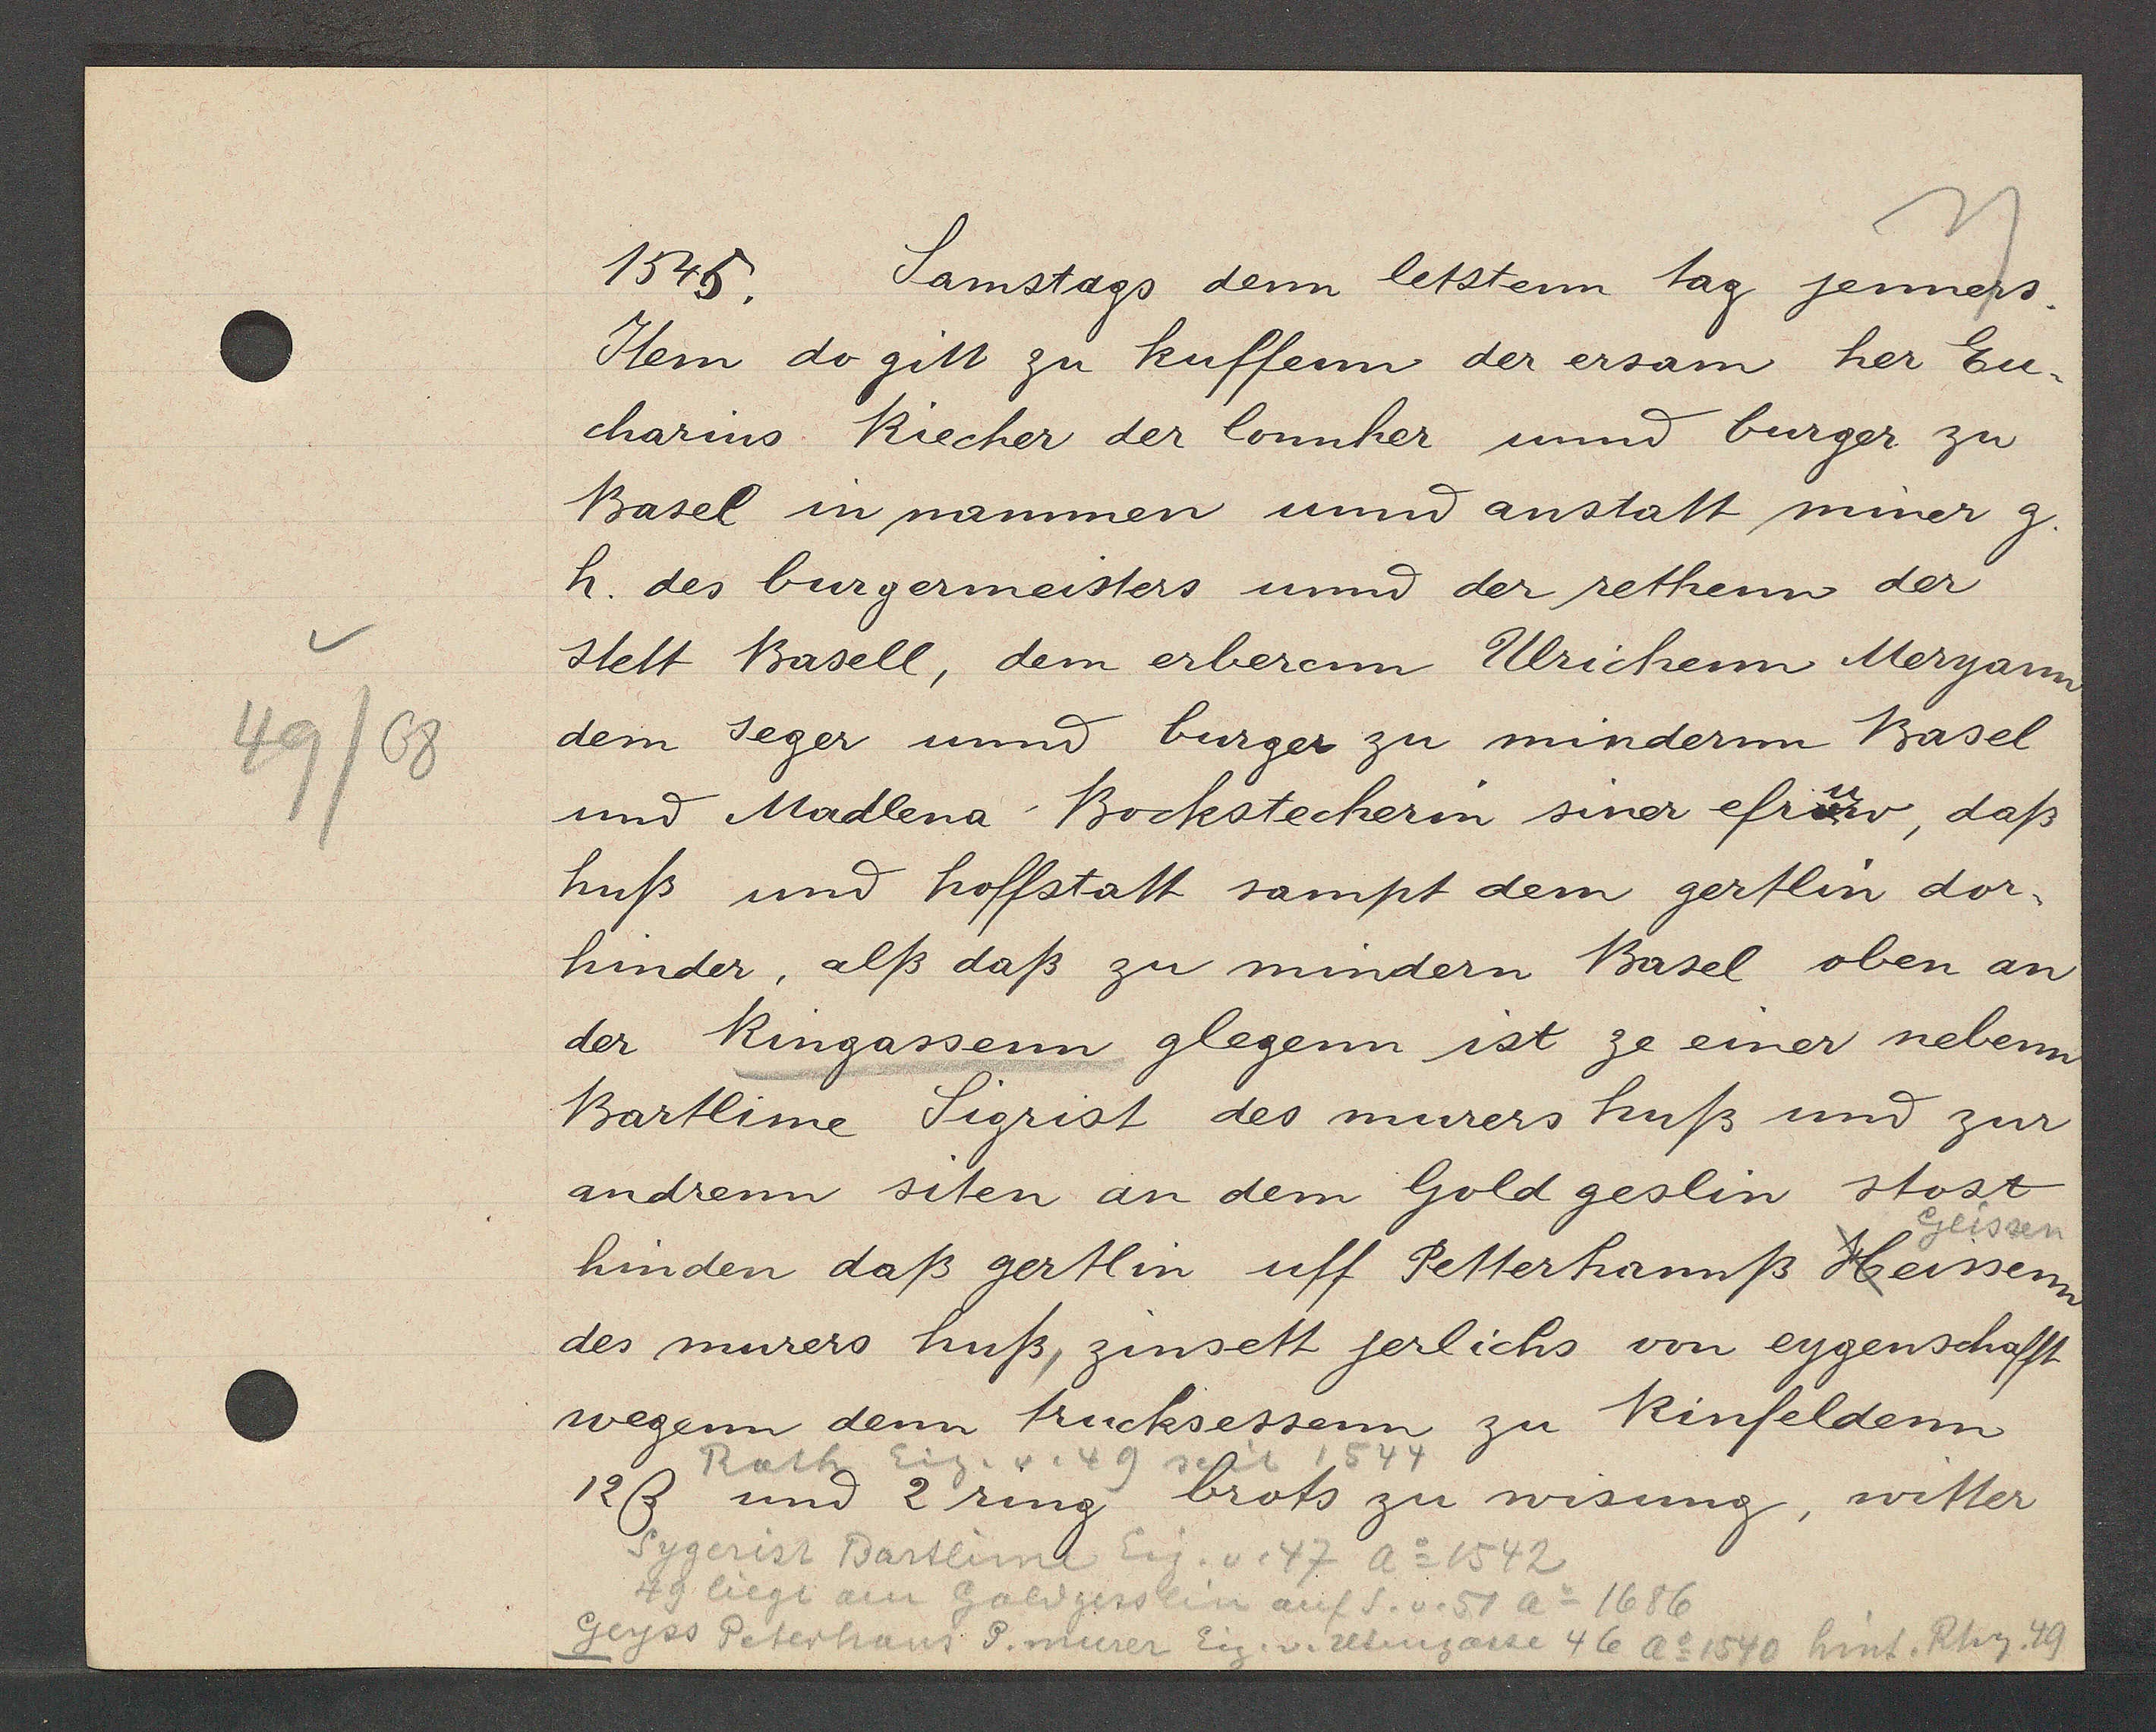
Transcript:
49/68

1545.
Samstags denn letstenn tag jenners.

Item do gitt zu kuffenn der ersam her Eu¬
charins Riecher der lonnher unnd burger zu
Basel in nammen unnd anstatt miner g.
h. des burgermeisters unnd der rethenn der
stett Basell, dem erberenn Ulrichenn Meryann
dem seger unnd burger zu mindernn Basel
und Madlena Bockstecherin siner efruw, daß
huß und hoffstatt sampt dem gertlin dor¬
hinder, alß daß zu mindern Basel oben an
der Ringassenn glegenn ist ze einer nebenn
Bartlime Sigrist des murers huß und zur
andrenn siten an dem Goldgeslin stost
Geissen
hinden daß gertlin uff Petterhannß Heissenn
des murers huß, zinsett jerlichs von eygenschafft
wegenn dem trucksessenn zu Rinfeldenn
12ß
und 2ring brots zu wisung, witter

Rath Eig. v. 49 seit 1544

Sygerist Bartlime Eig. v. 47 Ao 1542
49 liegt am Goldgisslin auf S.v.57 Ao 1686
Geyss Peterhaus P. murer Eig. v. Utengasse 46 Ao 1540 hint. Rhy 49